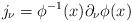
LaTeX: \begin{align*}j_\nu= \phi^{-1}(x)\partial_\nu \phi(x)\end{align*}